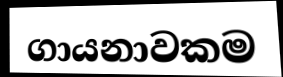
ගායනාවකම